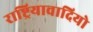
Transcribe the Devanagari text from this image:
राष्ट्रियावादियो